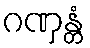
ဂဏှန္တံ